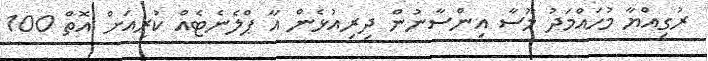
ރުގިއްޔާ މުހައްމަދު މޫސާ އިންސާނުން ދިރިއުޅެން އާ ޕްލެނެޓެއް ކުރިއަށް އޮތް 100